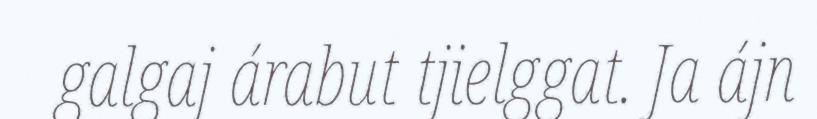
galgaj árabut tjielggat. Ja ájn